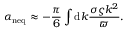
\alpha _ { \mathrm { n e q } } \approx - \frac { \pi } { 6 } \int \mathrm { d } k \frac { \sigma \varsigma k ^ { 2 } } { \varpi } .